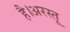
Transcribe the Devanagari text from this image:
है।अरस्तू